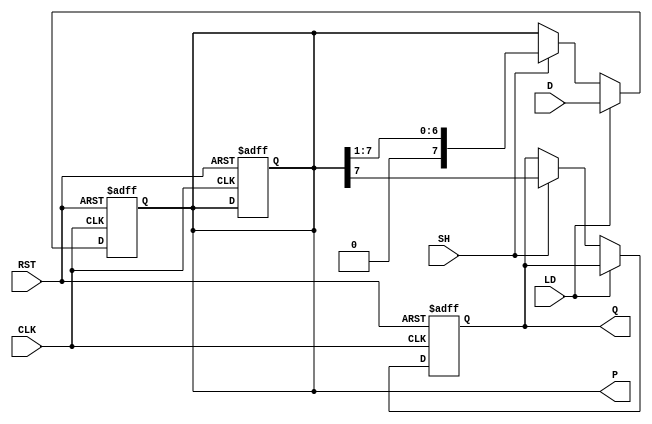
module PISO_Register #(
    parameter n = 8 // Width of the register
) (
    input  wire [n-1:0] D,     // Parallel data inputs
    input  wire LD,            // Load signal
    input  wire SH,            // Shift signal
    input  wire CLK,           // Clock signal
    input  wire RST,           // Reset signal
    output reg  Q,             // Serial output
    output reg [n-1:0] P       // Parallel output (optional)
);

    // Internal register to hold data
    reg [n-1:0] register;

    always @(posedge CLK or posedge RST) begin
        if (RST) begin
            // Reset the register
            register <= {n{1'b0}}; // Set all bits to 0
            Q <= 1'b0;             // Reset serial output
            P <= {n{1'b0}};        // Reset parallel output
        end else begin
            if (LD) begin
                // Load data into the register
                register <= D;
            end else if (SH) begin
                // Shift data out of the register
                Q <= register[n-1]; // Output the MSB on Q
                register <= {1'b0, register[n-1:1]}; // Shift right and fill with 0
            end
        end
    end

    // Continuous assignment for parallel output (optional)
    always @(register) begin
        P = register; // Output the current state of the register
    end

endmodule